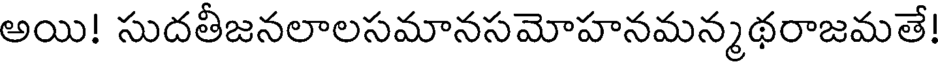
అయి! సుదతీజనలాలసమానసమోహనమన్మథరాజమతే!